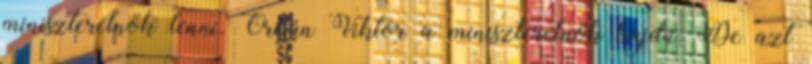
miniszterelnök lenni. Orbán Viktor a miniszterelnök hajdú: De azt